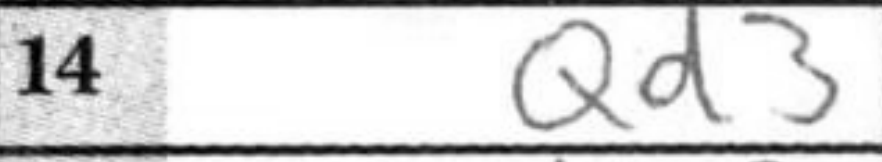
Transcription: Qd3